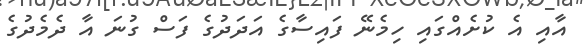
އާއި އެ ކުށެއްގައި ހިމެނޭ ފައިސާގެ އަދަދުގެ ފަސް ގުނަ އާ ދެމެދުގެ